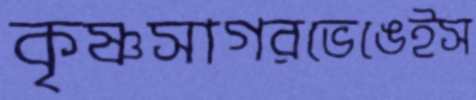
কৃষ্ণসাগরভেঙেইস